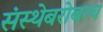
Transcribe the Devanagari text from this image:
संस्थेबरोबरच